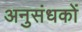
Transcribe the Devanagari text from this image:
अनुसंधकों